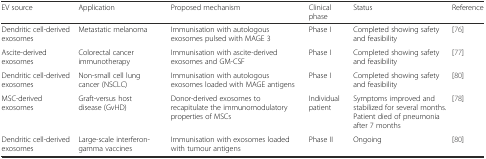
| EV source | Application | Proposed mechanism | Clinical phase | Status | Reference |
 | --- | --- | --- | --- | --- | --- |
 | Dendritic cell-derived exosomes | Metastatic melanoma | Immunisation with autologous exosomes pulsed with MAGE 3 | Phase I | Completed showing safety and feasibility | [76] |
 | Ascite-derived exosomes | Colorectal cancer immunotherapy | Immunisation with ascite-derived exosomes and GM-CSF | Phase I | Completed showing safety and feasibility | [77] |
 | Dendritic cell-derived exosomes | Non-small cell lung cancer (NSCLC) | Immunisation with autologous exosomes loaded with MAGE antigens | Phase I | Completed showing safety and feasibility | [80] |
 | MSC-derived exosomes | Graft-versus host disease (GvHD) | Donor-derived exosomes to recapitulate the immunomodulatory properties of MSCs | Individual patient | Symptoms improved and stabilized for several months. Patient died of pneumonia after 7 months | [78] |
 | Dendritic cell-derived exosomes | Large-scale interferon-gamma vaccines | Immunisation with exosomes loaded with tumour antigens | Phase II | Ongoing | [80] |